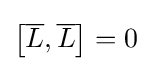
\left[{\overline {L}},{\overline {L}}\right]=0